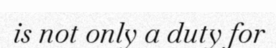
is not only a duty for